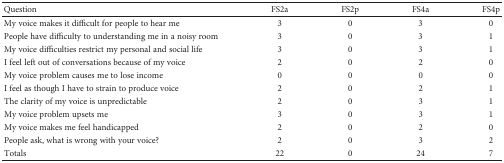
<table><thead><tr><td><b>Question</b></td><td><b>FS2a</b></td><td><b>FS2p</b></td><td><b>FS4a</b></td><td><b>FS4p</b></td></tr></thead><tbody><tr><td>My voice makes it difficult for people to hear me</td><td>3</td><td>0</td><td>3</td><td>0</td></tr><tr><td>People have difficulty to understanding me in a noisy room</td><td>3</td><td>0</td><td>3</td><td>1</td></tr><tr><td>My voice difficulties restrict my personal and social life</td><td>3</td><td>0</td><td>3</td><td>1</td></tr><tr><td>I feel left out of conversations because of my voice</td><td>2</td><td>0</td><td>2</td><td>0</td></tr><tr><td>My voice problem causes me to lose income</td><td>0</td><td>0</td><td>0</td><td>0</td></tr><tr><td>I feel as though I have to strain to produce voice</td><td>2</td><td>0</td><td>2</td><td>1</td></tr><tr><td>The clarity of my voice is unpredictable</td><td>2</td><td>0</td><td>3</td><td>1</td></tr><tr><td>My voice problem upsets me</td><td>3</td><td>0</td><td>3</td><td>1</td></tr><tr><td>My voice makes me feel handicapped</td><td>2</td><td>0</td><td>2</td><td>0</td></tr><tr><td>People ask, what is wrong with your voice?</td><td>2</td><td>0</td><td>3</td><td>2</td></tr><tr><td>Totals</td><td>22</td><td>0</td><td>24</td><td>7</td></tr></tbody></table>